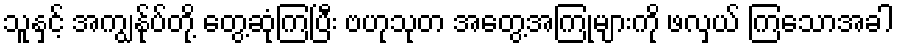
သူနှင့် အကျွန်ုပ်တို့ တွေ့ဆုံကြပြီး ဗဟုသုတ အတွေ့အကြုံများကို ဖလှယ် ကြသောအခါ